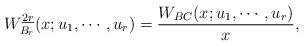
\begin{align*}W_{B_{r}}^{\underline{2r}}(x;u_{1}, \cdots, u_{r}) ={W_{BC}(x;u_{1}, \cdots, u_{r})\over x},\end{align*}